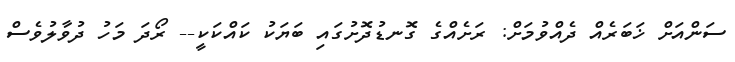
ސަންއަށް ޚަބަރެއް ދެއްވުމަށް: ރަށެއްގެ ގޮނޑުދޮށުގައި ބަޔަކު ކައްކަކީ-- ރޯދަ މަހު ދުވާލުވެސް